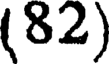
(82)